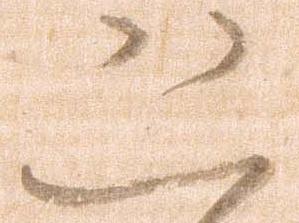
恐